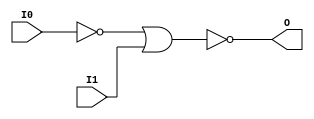

/*

FUNCTION	: 2-INPUT NOR GATE

*/

`timescale  100 ps / 10 ps

`celldefine

module NOR2B1 (O, I0, I1);


    output O;

    input  I0, I1;

    not N0 (i0_inv, I0);
    nor O1 (O, i0_inv, I1);

    specify
	(I0 *> O) = (0, 0);
	(I1 *> O) = (0, 0);
    endspecify

endmodule

`endcelldefine